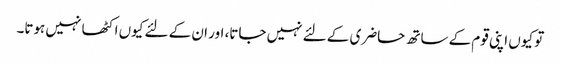
تو کیوں اپنی قوم کے ساتھ حاضری کے لئے نہیں جاتا، اور ان کے لئے کیوں اکٹھا نہیں ہوتا۔